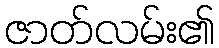
ဇာတ်လမ်း၏